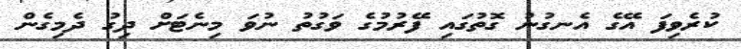
ކުރެވިފަ އޭގެ އެނގުނު ގޮތުގައި ފޭރުމުގެ ވަގުތު ނުވަ މިނެޓަށް ދިގު ދެމިގެން